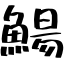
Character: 鰑